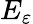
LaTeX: E_{\varepsilon}